NAE_ERA_R-1018_Narva_Linna_TSN_Taitevkomitee, lk 20
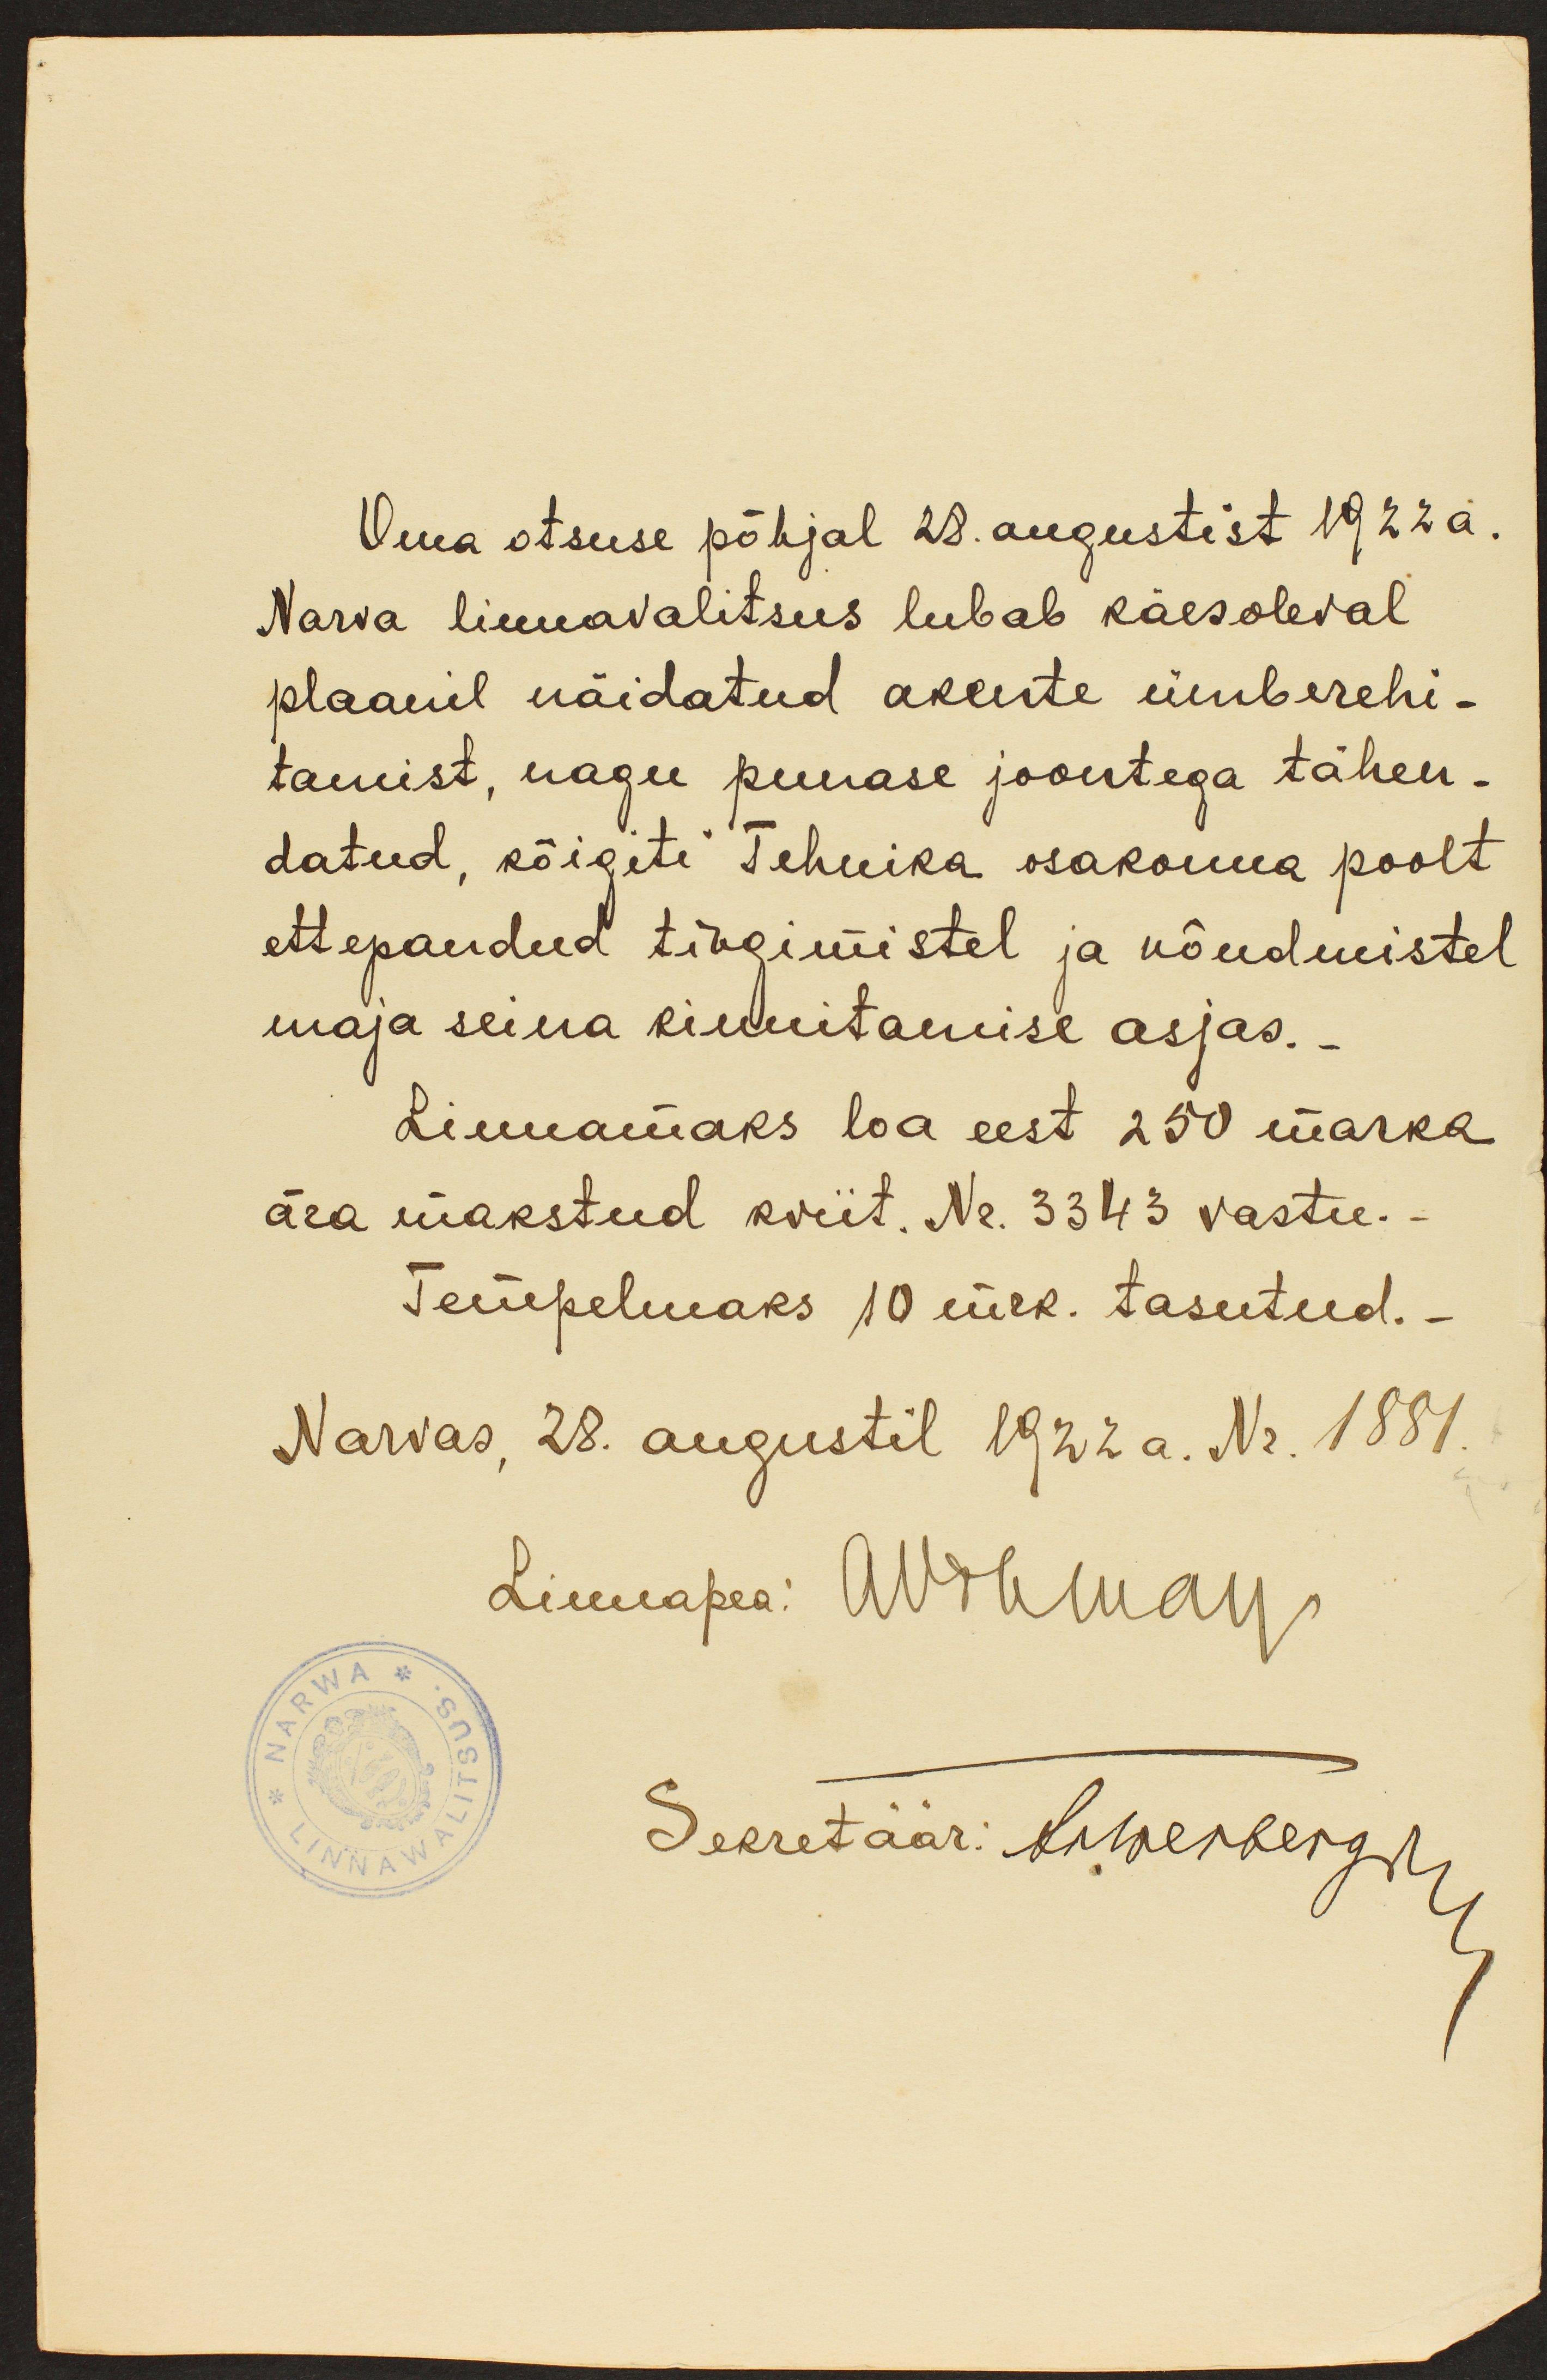
Oma otsuse põhjal 28. augustist 1922a.
Narva linnavalitsus lubab käesoleval
plaanil näidatud akente ümberehi-
tamist, nagu punase joontega tähen-
datud, kõigiti Tehnika osakonna poolt
ettepandud tingimistel ja nõudmistel
maja seina kinnitamise asjas.
Linnamaks loa eest 250 marka
ära makstud kviit. Nr. 3343 vastu.-
Tempelmaks 10 mrk. tasutud.-
Narvas, 28. augustil 1922 a. Nr. 1881
Linnapea: AVõhmar
Sekretäär: